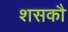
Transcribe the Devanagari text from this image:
शसकौ